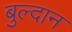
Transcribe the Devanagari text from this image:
बुल्दान